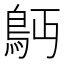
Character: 𩾳